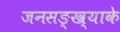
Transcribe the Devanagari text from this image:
जनसङ्ख्याके